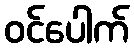
ဝင်ပေါက်